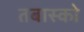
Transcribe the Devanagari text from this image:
तबास्को